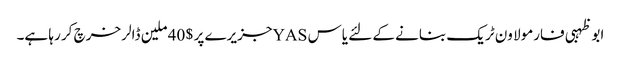
ابو ظہبی فارمولا ون ٹریک بنانے کے لئے یاس YASجزیرے پر $ 40 ملین ڈالر خرچ کر رہا ہے۔